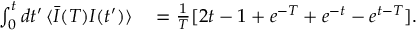
\begin{array} { r l } { \int _ { 0 } ^ { t } d t ^ { \prime } \, \langle \bar { I } ( T ) I ( t ^ { \prime } ) \rangle } & { { } = \frac { 1 } { T } [ 2 t - 1 + e ^ { - T } + e ^ { - t } - e ^ { t - T } ] . } \end{array}